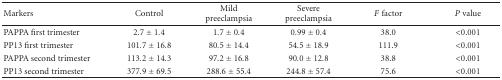
<table><thead><tr><td><b>Markers</b></td><td><b>Control</b></td><td><b>Mild preeclampsia</b></td><td><b>Severe preeclampsia</b></td><td><b><i>F</i> factor</b></td><td><b><i>P</i> value</b></td></tr></thead><tbody><tr><td>PAPPA first trimester</td><td>2.7 ± 1.4</td><td>1.7 ± 0.4</td><td>0.99 ± 0.4</td><td>38.0</td><td>&lt;0.001</td></tr><tr><td>PP13 first trimester</td><td>101.7 ± 16.8</td><td>80.5 ± 14.4</td><td>54.5 ± 18.9</td><td>111.9</td><td>&lt;0.001</td></tr><tr><td>PAPPA second trimester</td><td>113.2 ± 14.3</td><td>97.2 ± 16.8</td><td>90.0 ± 12.8</td><td>38.8</td><td>&lt;0.001</td></tr><tr><td>PP13 second trimester</td><td>377.9 ± 69.5</td><td>288.6 ± 55.4</td><td>244.8 ± 57.4</td><td>75.6</td><td>&lt;0.001</td></tr></tbody></table>